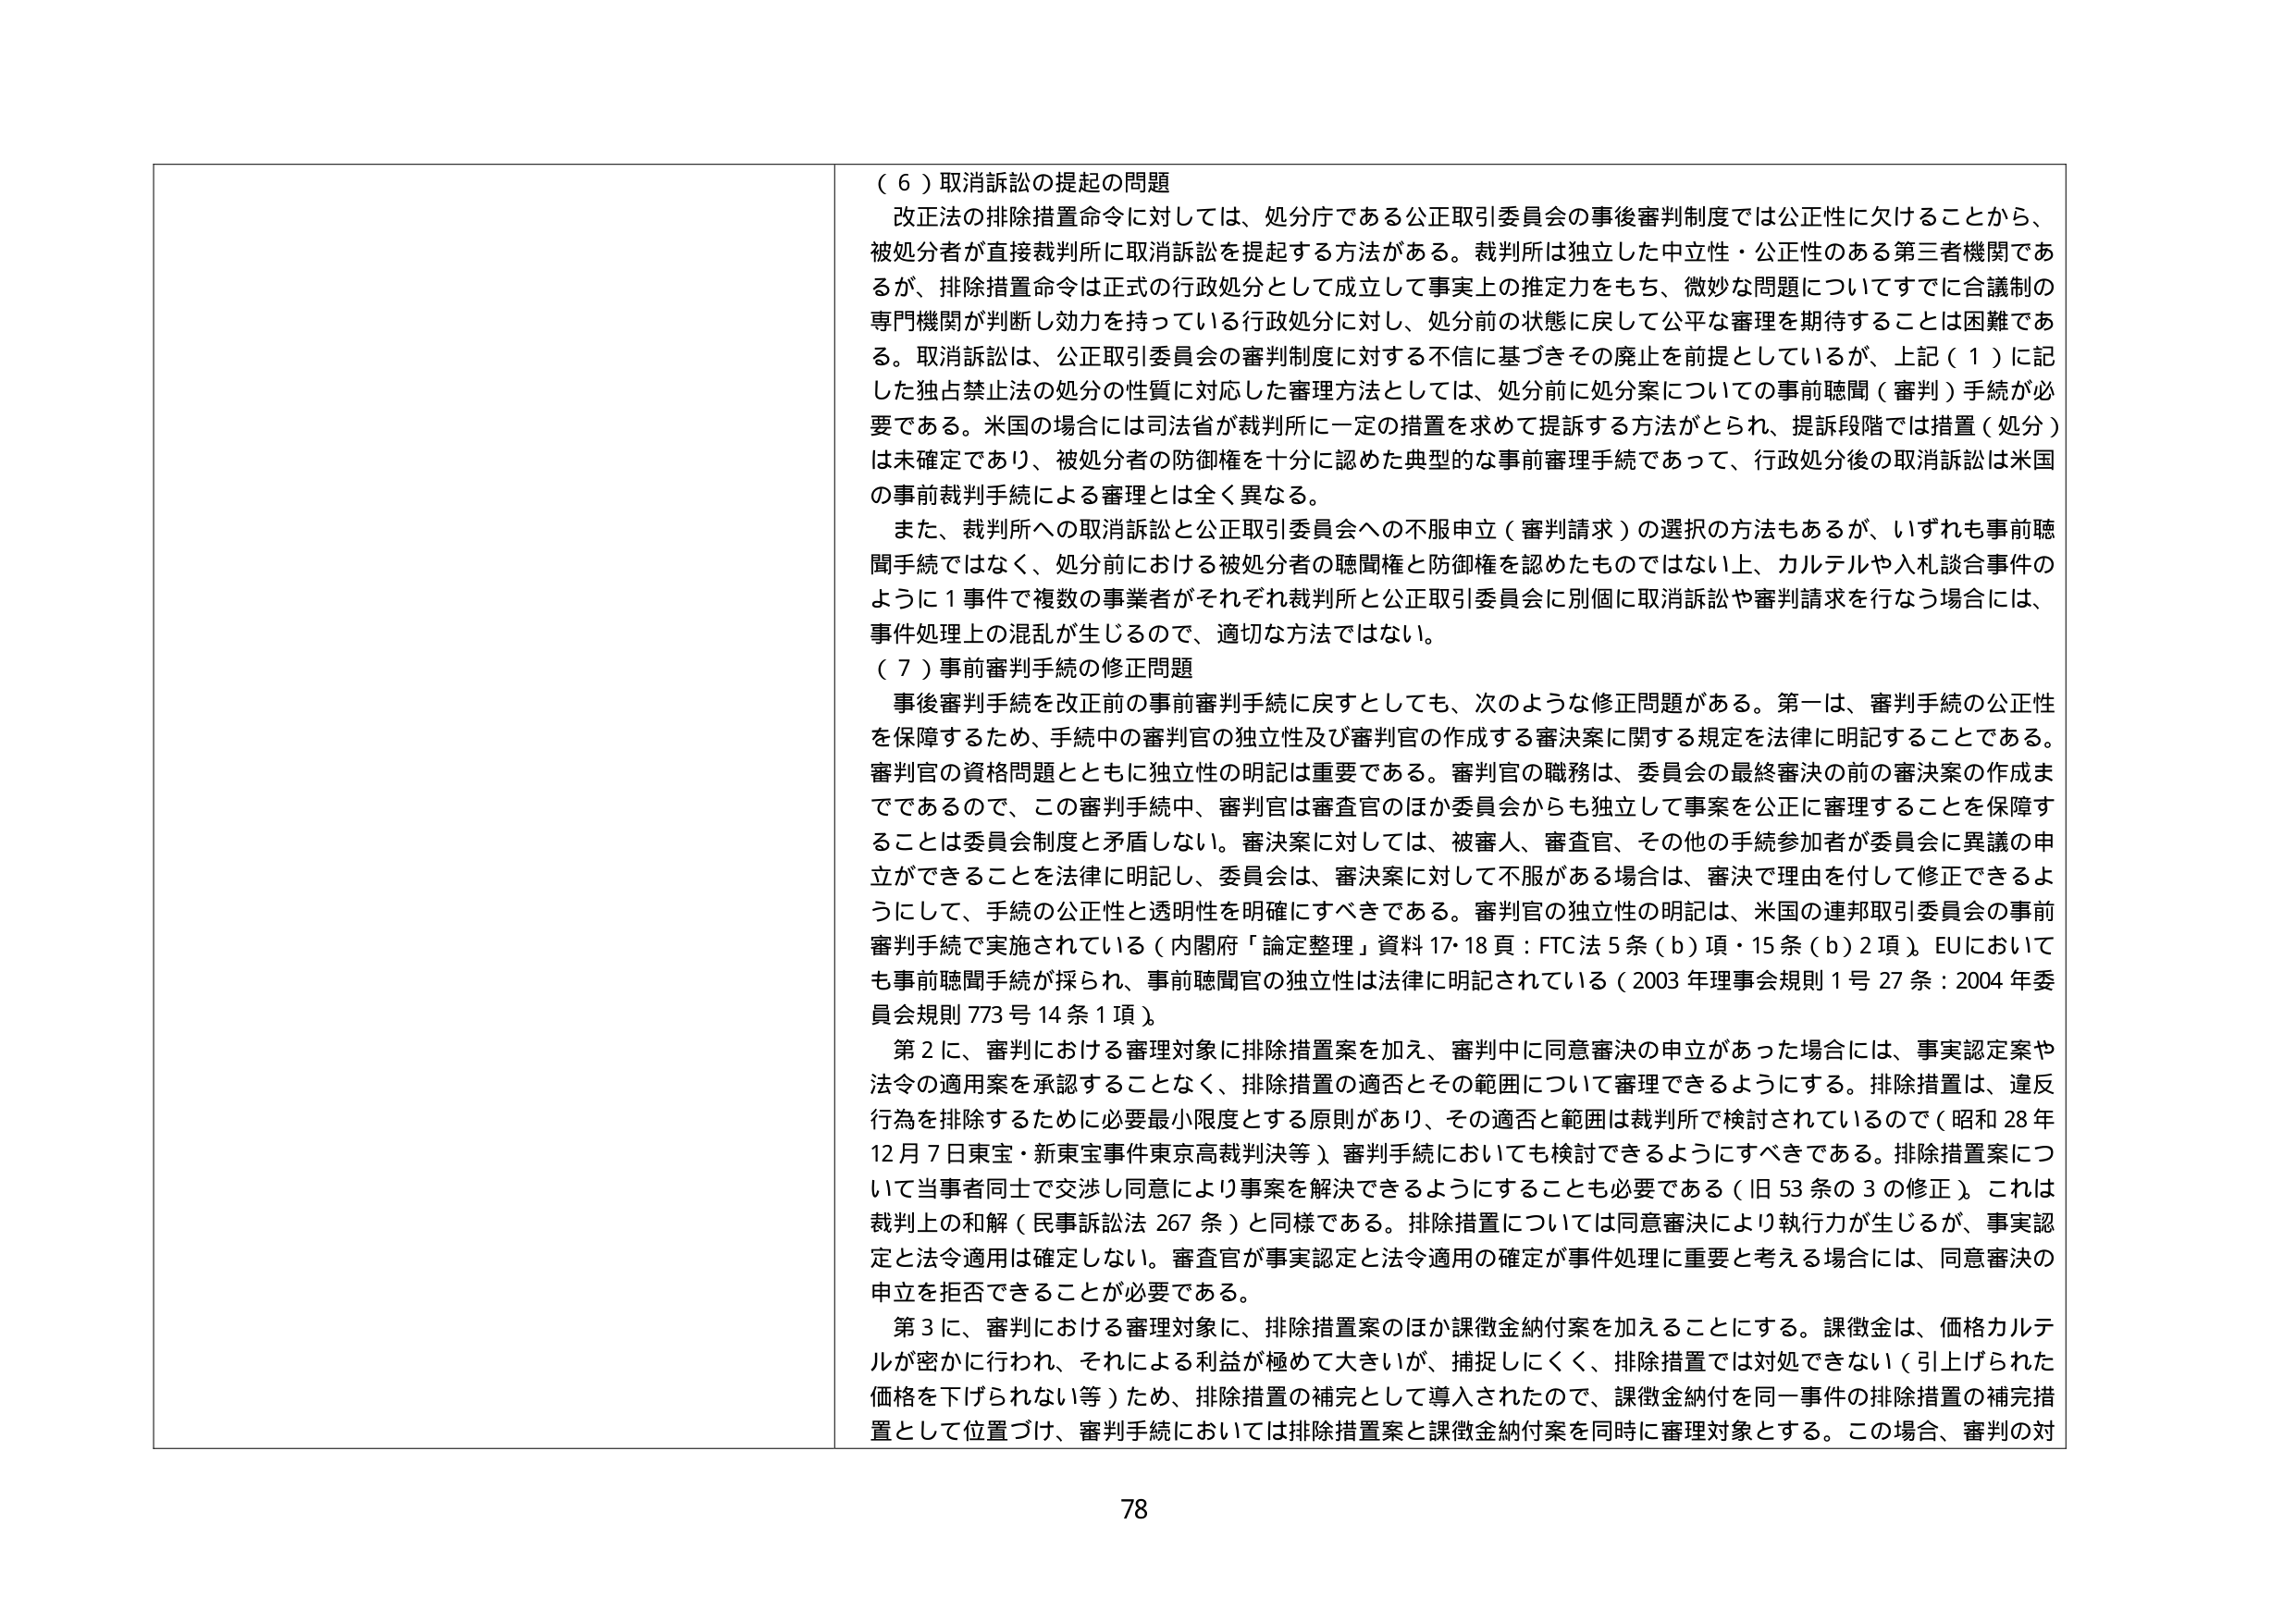
（６）取消訴訟の提起の問題
改正法の排除措置命令に対しては、処分庁である公正取引委員会の事後審判制度では公正性に欠けることから、被処分者が直接裁判所に取消訴訟を提起する方法がある。裁判所は独立した中立性・公正性のある第三者機関であるが、排除措置命令は正式の行政処分として成立して事実上の推定力をもち、微妙な問題についてすでに合議制の専門機関が判断し効力を持っている行政処分に対し、処分前の状態に戻して公平な審理を期待することは困難である。取消訴訟は、公正取引委員会の審判制度に対する不信に基づきその廃止を前提としているが、上記（１）に記した独占禁止法の処分の性質に対応した審理方法としては、処分前に処分案についての事前聴聞（審判）手続が必要である。米国の場合には司法省が裁判所に一定の措置を求めて提訴する方法がとられ、提訴段階では措置（処分）は未確定であり、被処分者の防御権を十分に認めた典型的な事前審理手続であって、行政処分後の取消訴訟は米国の事前裁判手続による審理とは全く異なる。

また、裁判所への取消訴訟と公正取引委員会への不服申立（審判請求）の選択の方法もあるが、いずれも事前聴聞手続ではなく、処分前における被処分者の聴聞権と防御権を認めたものではない上、カルテルや入札談合事件のように１事件で複数の事業者がそれぞれ裁判所と公正取引委員会に別個に取消訴訟や審判請求を行なう場合には、事件処理上の混乱が生じるので、適切な方法ではない。

（７）事前審判手続の修正問題
事後審判手続を改正前の事前審判手続に戻すとしても、次のような修正問題がある。第一は、審判手続の公正性を保障するため、手続中の審判官の独立性及び審判官の作成する審決案に関する規定を法律に明記することである。審判官の資格問題とともに独立性の明記は重要である。審判官の職務は、委員会の最終審決の前の審決案の作成までであるので、この審判手続中、審判官は審査官のほか委員会からも独立して事案を公正に審理することを保障することは委員会制度と矛盾しない。審決案に対しては、被審人、審査官、その他の手続参加者が委員会に異議の申立ができることを法律に明記し、委員会は、審決案に対して不服がある場合は、審決で理由を付して修正できるようにして、手続の公正性と透明性を明確にすべきである。審判官の独立性の明記は、米国の連邦取引委員会の事前審判手続で実施されている（内閣府「論定整理」資料17・18頁：FTC法5条（b）項・15条（b）2項）。EUにおいても事前聴聞手続が採られ、事前聴聞官の独立性は法律に明記されている（2003年理事会規則1号27条：2004年委員会規則773号14条1項）。

第2に、審判における審理対象に排除措置案を加え、審判中に同意審決の申立があった場合には、事実認定案や法令の適用案を承認することなく、排除措置の適否とその範囲について審理できるようにする。排除措置は、違反行為を排除するために必要最小限度とする原則があり、その適否と範囲は裁判所で検討されているので（昭和28年12月7日東宝・新東宝事件東京高裁判決等）、審判手続においても検討できるようにすべきである。排除措置案について当事者同士で交渉し同意により事案を解決できるようにすることも必要である（旧53条の3の修正）。これは裁判上の和解（民事訴訟法267条）と同様である。排除措置については同意審決により執行力が生じるが、事実認定と法令適用は確定しない。審査官が事実認定と法令適用の確定が事件処理に重要と考える場合には、同意審決の申立を拒否できることが必要である。

第3に、審判における審理対象に、排除措置案のほか課徴金納付案を加えることにする。課徴金は、価格カルテルが密かに行われ、それによる利益が極めて大きいが、捕捉しにくく、排除措置では対処できない（引上げられた価格を下げられない等）ため、排除措置の補完として導入されたので、課徴金納付を同一事件の排除措置の補完措置として位置づけ、審判手続においては排除措置案と課徴金納付案を同時に審理対象とする。この場合、審判の対

78